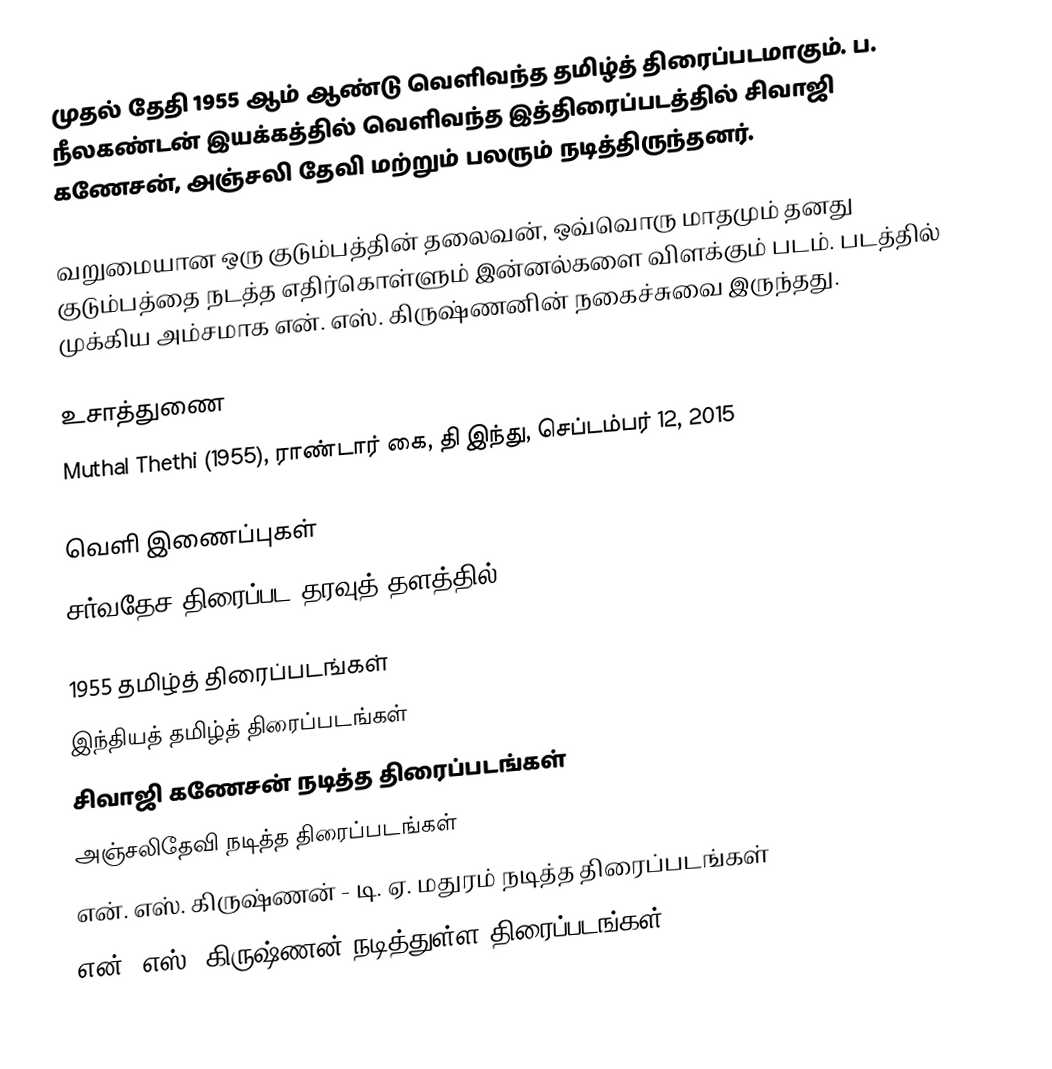
முதல் தேதி 1955 ஆம் ஆண்டு வெளிவந்த தமிழ்த் திரைப்படமாகும். ப. நீலகண்டன் இயக்கத்தில் வெளிவந்த இத்திரைப்படத்தில் சிவாஜி கணேசன், அஞ்சலி தேவி மற்றும் பலரும் நடித்திருந்தனர்.

வறுமையான ஒரு குடும்பத்தின் தலைவன், ஒவ்வொரு மாதமும் தனது குடும்பத்தை நடத்த எதிர்கொள்ளும் இன்னல்களை விளக்கும் படம். படத்தில் முக்கிய அம்சமாக என். எஸ். கிருஷ்ணனின் நகைச்சுவை இருந்தது.

உசாத்துணை
Muthal Thethi (1955), ராண்டார் கை, தி இந்து, செப்டம்பர் 12, 2015

வெளி இணைப்புகள்
சர்வதேச திரைப்பட தரவுத் தளத்தில்

1955 தமிழ்த் திரைப்படங்கள்
இந்தியத் தமிழ்த் திரைப்படங்கள்
சிவாஜி கணேசன் நடித்த திரைப்படங்கள்
அஞ்சலிதேவி நடித்த திரைப்படங்கள்
என். எஸ். கிருஷ்ணன் - டி. ஏ. மதுரம் நடித்த திரைப்படங்கள்
என். எஸ். கிருஷ்ணன் நடித்துள்ள திரைப்படங்கள்